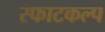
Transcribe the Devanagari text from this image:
स्फाटकल्प